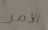
الأمر